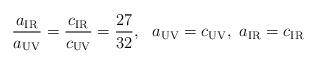
LaTeX: \begin{align*}\frac{a_{\rm IR}}{a_{\rm UV}}=\frac{c_{\rm IR}}{c_{\rm UV}} =\frac{27}{32},~~a_{\rm UV}=c_{\rm UV},~a_{\rm IR}=c_{\rm IR}\end{align*}